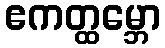
ဧကတ္ထမ္ဘော